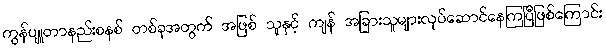
ကွန်ပျူတာနည်းစနစ် တစ်ခုအတွက် အဖြစ် သူနှင့် ကျန် အခြားသူများလုပ်ဆောင်နေကြပြီဖြစ်ကြောင်း